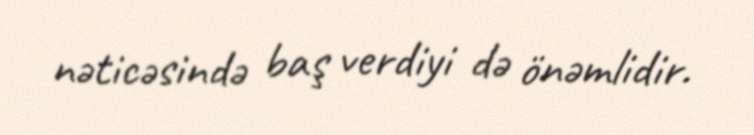
nəticəsində baş verdiyi də önəmlidir.